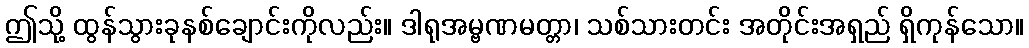
ဤသို့ ထွန်သွားခုနစ်ချောင်းကိုလည်း။ ဒါရုအမ္ဗဏမတ္တာ၊ သစ်သားတင်း အတိုင်းအရှည် ရှိကုန်သော။